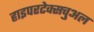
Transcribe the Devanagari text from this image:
हाइपरटेक्सचुअल